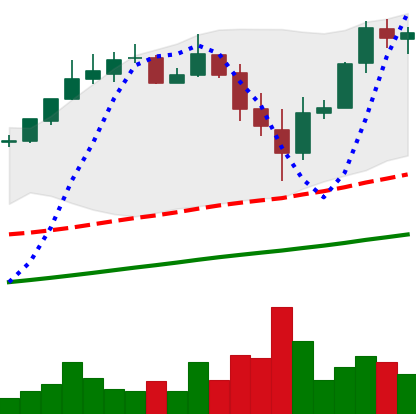
Ticker: BTC-USD
Chart end date: 2017-11-18
Forward return: 3.191%
Label: up_3_5